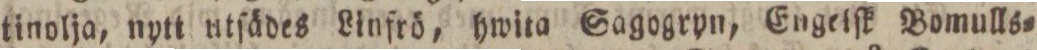
tinolja, nytt utſädes Linfrö, hwita Sagogryn, Engeiſk Bomulls=